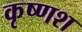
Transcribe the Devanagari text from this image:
कृष्णश